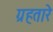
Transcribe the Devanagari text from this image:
ग्रहतारे